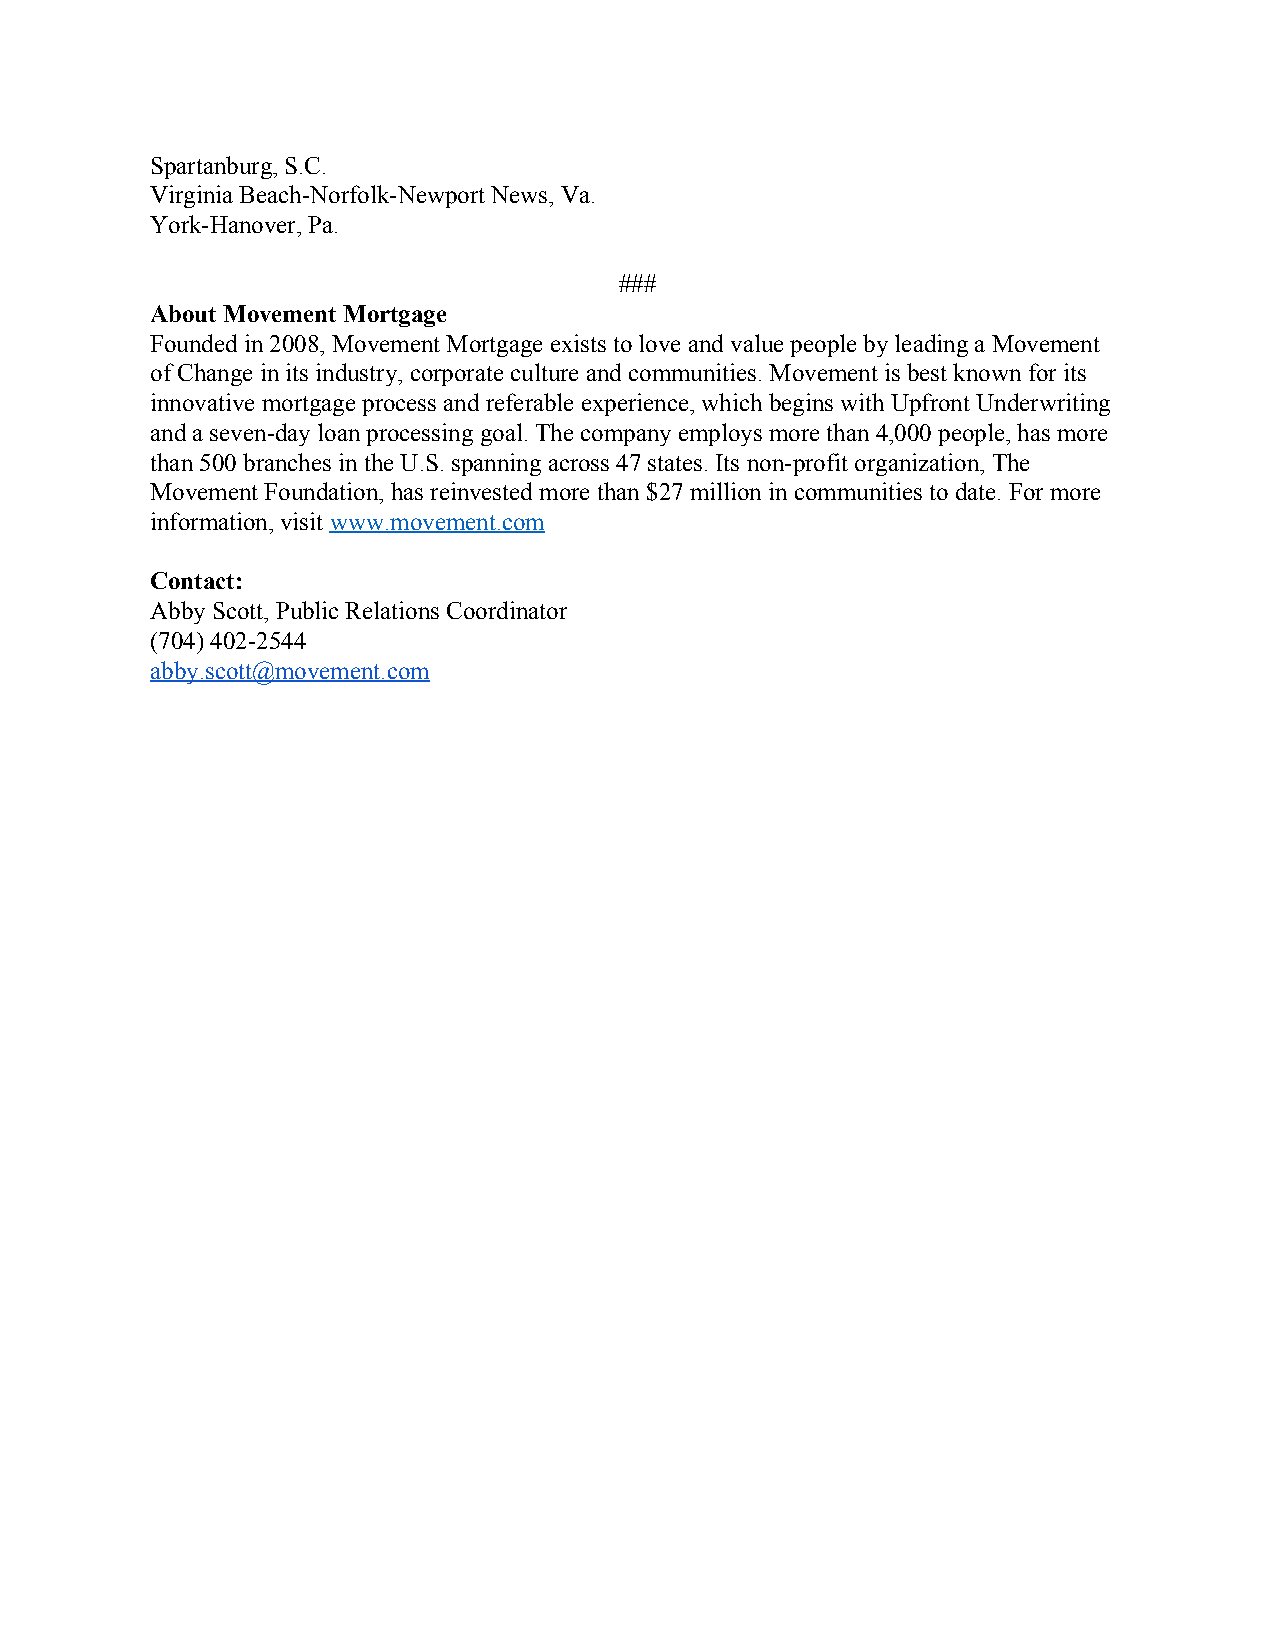
Spartanburg, S.C.
 Virginia Beach-Norfolk-Newport News, Va.
 York-Hanover, Pa.
 ###
 About Movement Mortgage
 Founded in 2008, Movement Mortgage exists to love and value people by leading a Movement
 of Change in its industry, corporate culture and communities. Movement is best known for its
 innovative mortgage process and referable experience, which begins with Upfront Underwriting
 and a seven-day loan processing goal. The company employs more than 4,000 people, has more
 than 500 branches in the U.S. spanning across 47 states. Its non-profit organization, The
 Movement Foundation, has reinvested more than $27 million in communities to date. For more
 information, visit www.movement.com
 ​
 Contact:
 Abby Scott, Public Relations Coordinator
 (704) 402-2544
 abby.scott@movement.com